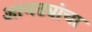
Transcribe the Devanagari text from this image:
आमट्यांचा